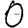
Digit: 0